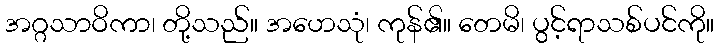
အဂ္ဂသာဝိကာ၊ တို့သည်။ အဟေသုံ၊ ကုန်၏။ တေမိ၊ ပွင့်ရာသစ်ပင်ကို။